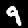
Digit: 9